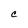
Character: C